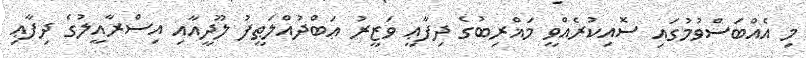
މި އެއްބަސްވުމުގައި ސޮއިކުރެއްވީ މަޣްރިބުގެ ދިފާޢީ ވަޒީރު ޢަބްދުއްލަޠީފު ލޫދީއާއި އިސްރާއީލުގެ ދިފާޢި